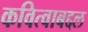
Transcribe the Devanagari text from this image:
कवित्वाबद्दल